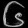
Digit: ၆